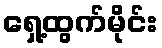
ရှေ့ထွက်မိုင်း